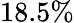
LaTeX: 18.5\%